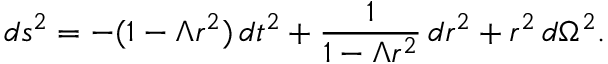
d s ^ { 2 } = - ( 1 - \Lambda r ^ { 2 } ) \, d t ^ { 2 } + { \frac { 1 } { 1 - \Lambda r ^ { 2 } } } \, d r ^ { 2 } + r ^ { 2 } \, d \Omega ^ { 2 } .